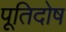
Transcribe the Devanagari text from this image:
पूतिदोष